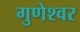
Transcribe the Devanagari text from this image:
गुणेश्वर